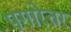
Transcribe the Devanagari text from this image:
पगारेतर